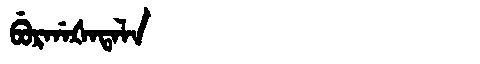
Manchu: ᠪᡠᡵᡤᠠᡧᠠᡨᠠᠯᠠ
Romanization: BURGAŠATALA